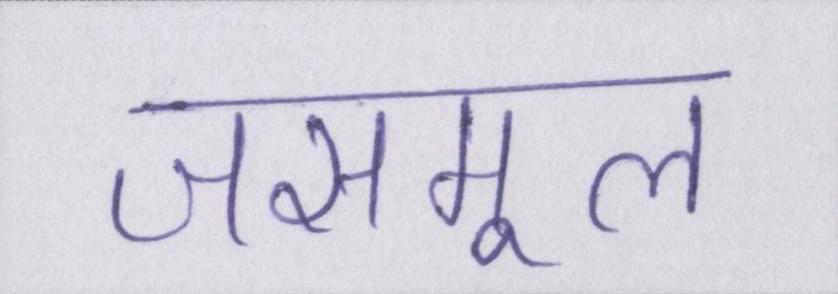
जसमूल